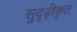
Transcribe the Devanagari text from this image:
सुदृढ़ीकृत